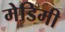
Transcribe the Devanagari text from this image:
मेडिमी